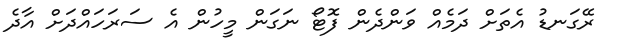
ރޭގަނޑު އެތަށް ދަމެއް ވަންދެން ފޮޓޯ ނަގަން މީހުން އެ ސަރަހައްދަށް އާދެ